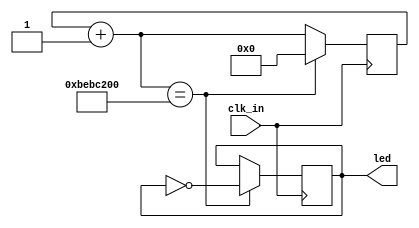
`timescale 1ns / 1ps
//////////////////////////////////////////////////////////////////////////////////
// Company: 
// Engineer: 
// 
// Design Name: 
// Module Name: clock_divider
// Project Name: 
// Target Devices: 
// Tool Versions: 
// Description: 
// 
// Dependencies: 
// 
// Revision:
// Revision 0.01 - File Created
// Additional Comments:
// 
//////////////////////////////////////////////////////////////////////////////////

module top_clock_divider(clk_in , led);
input clk_in;
output led;
reg [30:0] count = 0;
reg clk_out;  
always@(posedge clk_in)
begin
count = count +1 ;
if (count == 200000000 )
begin
count<=0;
clk_out = ~clk_out;
end
end
assign led = clk_out;       
endmodule